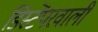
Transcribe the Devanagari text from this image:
डिस्टेंपरवाली